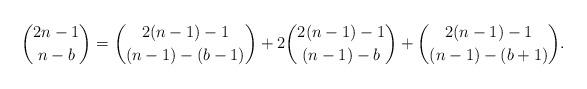
LaTeX: \begin{align*}{2n-1\choose n-b} = {2(n-1)-1\choose (n-1)-(b-1)}+2{2(n-1)-1\choose (n-1)-b} + {2(n-1)-1\choose (n-1)-(b+1)}.\end{align*}